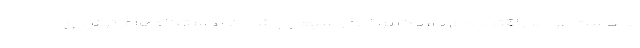
به دست عوامل اقتصادی ما، یک برنامه وسیعی باشد که دستگاه‌های تولیدی